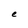
Character: e